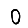
Digit: 0